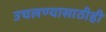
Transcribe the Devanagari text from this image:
उचलण्यासाठीही